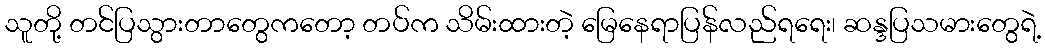
သူတို့ တင်ပြသွားတာတွေကတော့ တပ်က သိမ်းထားတဲ့ မြေနေရာပြန်လည်ရရေး၊ ဆန္ဒပြသမားတွေရဲ့